Civil Veterinary Dept. North-West Frontier Province 1933-46 - 1933-1946
Year: 1933
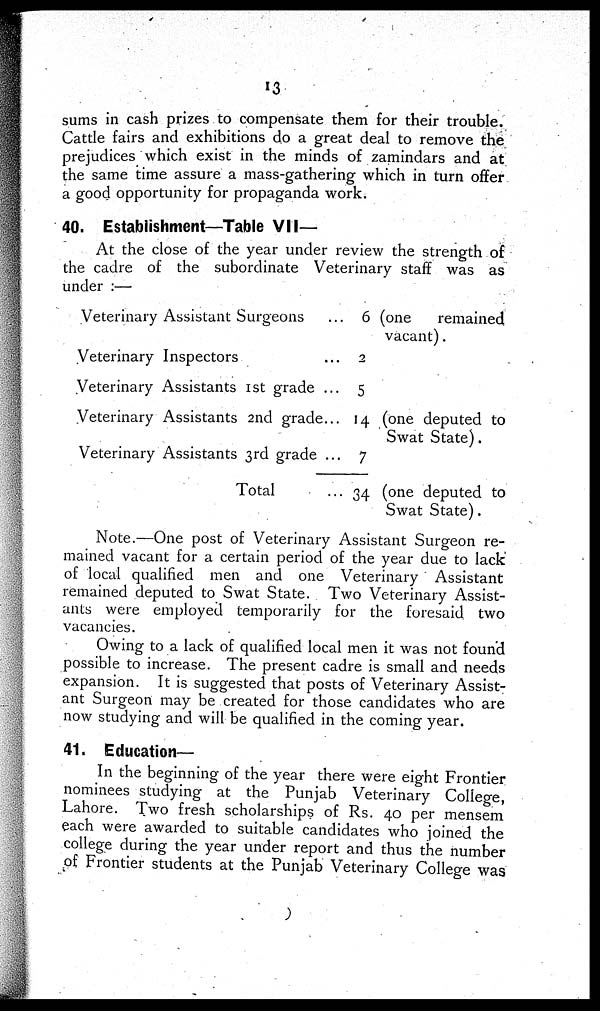
13
sums in cash prizes to compensate them for their trouble.
Cattle fairs and exhibitions do a great deal to remove the
prejudices which exist in the minds of zamindars and at
the same time assure a mass-gathering which in turn offer
a good opportunity for propaganda work.
40. Establishment—Table VII—
At the close of the year under review the strength of
the cadre of the subordinate Veterinary staff was as
under :—
Veterinary Assistant Surgeons ...
Veterinary Inspectors ...
Veterinary Assistants 1st grade ...
Veterinary Assistants 2nd grade ...
Veterinary Assistants 3rd grade ...
Total ...
6
2
5
14
7
34
(one
remained
vacant).
(one deputed to
Swat State).
(one deputed to
Swat State).
Note.—One post of Veterinary Assistant Surgeon re-
mained vacant for a certain period of the year due to lack
of local qualified men and one Veterinary Assistant
remained deputed to Swat State. Two Veterinary Assist-
ants were employed temporarily for the foresaid two
vacancies.
Owing to a lack of qualified local men it was not found
possible to increase. The present cadre is small and needs
expansion. It is suggested that posts of Veterinary Assist-
ant Surgeon may be created for those candidates who are
now studying and will be qualified in the coming year.
41. Education—
In the beginning of the year there were eight Frontier
nominees studying at the Punjab Veterinary College,
Lahore. Two fresh scholarships of Rs. 40 per mensem
each were awarded to suitable candidates who joined the
college during the year under report and thus the number
of Frontier students at the Punjab Veterinary College was